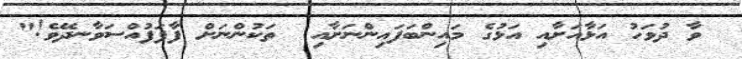
ވާ ދުވަހު އަޅާއަށާއި އަޅުގެ މައިންބަފައިންނަށާއި  ތަކުންނަށް ފާފަފުއްސަވާނދޭވެ!"